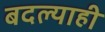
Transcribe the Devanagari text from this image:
बदल्याही